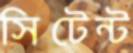
সিটেন্ট